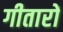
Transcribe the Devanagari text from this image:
गीतारों